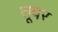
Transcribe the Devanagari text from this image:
तूवर